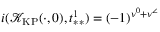
i ( \mathcal { K } _ { \mathrm { K P } } ( \cdot , 0 ) , t _ { * * } ^ { 1 } ) = ( - 1 ) ^ { \nu ^ { 0 } + \nu ^ { \angle } }